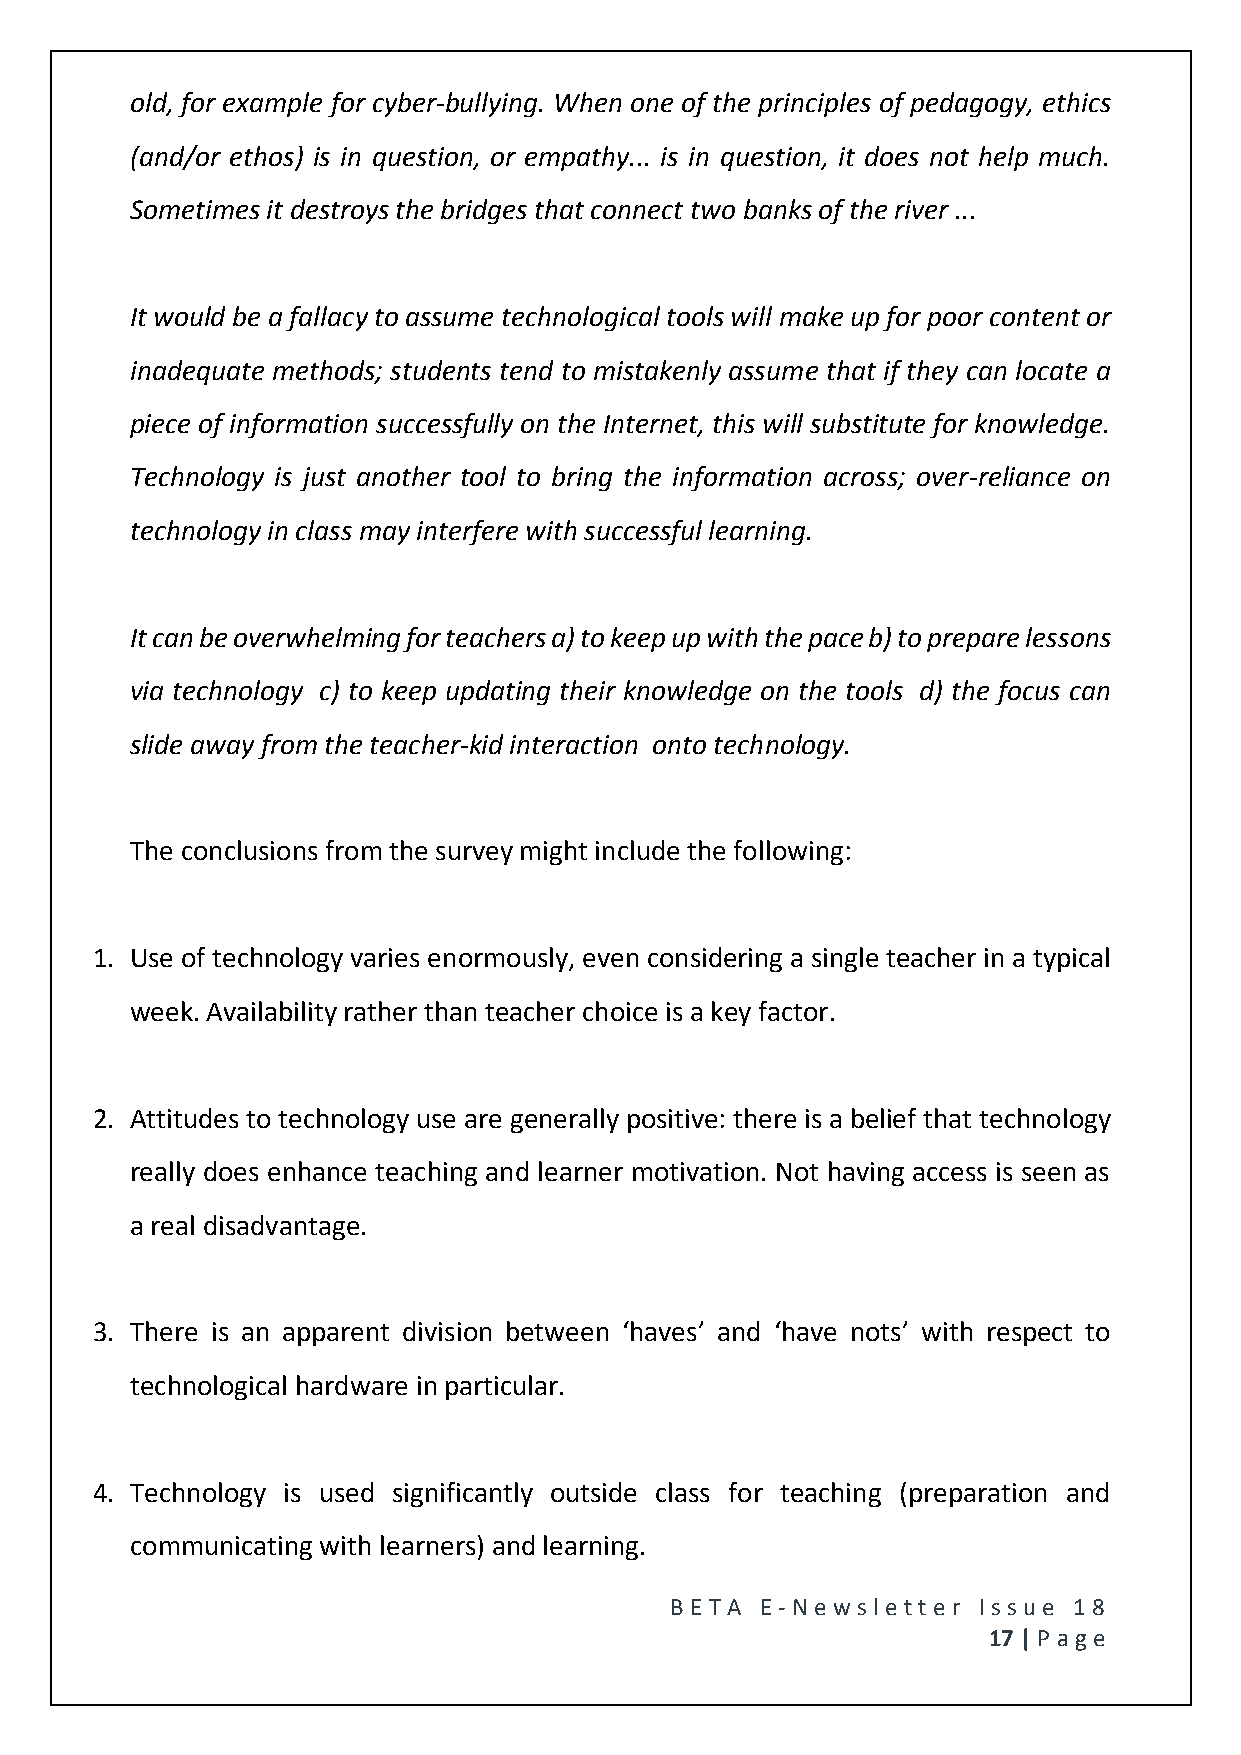
old, for example for cyber-bullying. When one of the principles of pedagogy, ethics
 (and/or ethos) is in question, or empathy... is in question, it does not help much.
 Sometimes it destroys the bridges that connect two banks of the river ...
 It would be a fallacy to assume technological tools will make up for poor content or
 inadequate methods; students tend to mistakenly assume that if they can locate a
 piece of information successfully on the Internet, this will substitute for knowledge.
 Technology is just another tool to bring the information across; over-reliance on
 technology in class may interfere with successful learning.
 It can be overwhelming for teachers a) to keep up with the pace b) to prepare lessons
 via technology c) to keep updating their knowledge on the tools d) the focus can
 slide away from the teacher-kid interaction onto technology.
 The conclusions from the survey might include the following:
 1. Use of technology varies enormously, even considering a single teacher in a typical
 week. Availability rather than teacher choice is a key factor.
 2. Attitudes to technology use are generally positive: there is a belief that technology
 really does enhance teaching and learner motivation. Not having access is seen as
 a real disadvantage.
 3. There is an apparent division between ‘haves’ and ‘have nots’ with respect to
 technological hardware in particular.
 4. Technology is used significantly outside class for teaching (preparation and
 communicating with learners) and learning.
 BE T A E -N e wsle tt e r Issue 18
 17 | P age